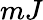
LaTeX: mJ